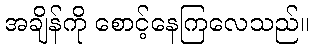
အချိန်ကို စောင့်နေကြလေသည်။